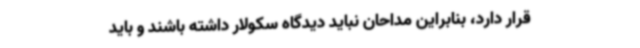
قرار دارد، بنابراین مداحان نباید دیدگاه سکولار داشته باشند و باید